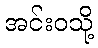
အင်းဝသို့